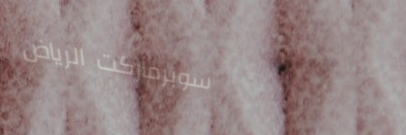
سوبرماركت الرياض